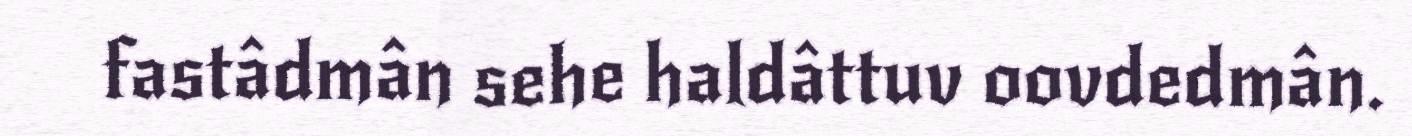
fastâdmân sehe haldâttuv oovdedmân.